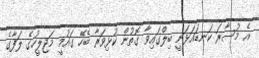
އެ މުސާރަ ކަނޑައަޅަނީ ބިލްގައިވާ ގޮތުން ކުޅިވަރާ ބެހޭ ގައުމީ މަޖިލީހުގެ ލަފާގެ